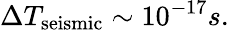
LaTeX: \Delta T_{\mathrm{seismic}}\sim 10^{-17}s.